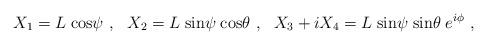
LaTeX: \begin{align*}X_1 = L\; {\rm cos}\psi\ ,\ \ X_2 = L\; {\rm sin}\psi\; {\rm cos}\theta\ , \ \ X_3+iX_4 = L\; {\rm sin}\psi\; {\rm sin}\theta\; e^{i\phi}\ ,\end{align*}